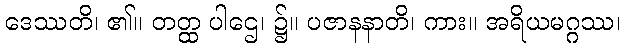
ဒေဿတိ၊ ၏။ တတ္ထ ပါဌေ၊ ၌။ ပဇာနနာတိ၊ ကား။ အရိယမဂ္ဂဿ၊